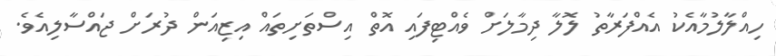
ހިއްލާލުމާއެކު އެއްފަރާތު ލޮލާ ދިމާލަށް ވެއްޓިފައި އޮތް އިސްތަށިތައް އިޒިއަން ދުރަށް ޖައްސާލިއެވެ.